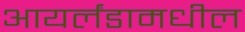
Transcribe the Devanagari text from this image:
आयर्लंडामधील